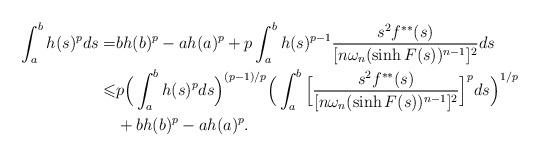
LaTeX: \begin{align*}\int_a^b h(s)^p ds =& bh(b)^p -a h(a)^p + p \int_a^b h(s)^{p-1} \frac{s^2 f^{**}(s)}{[n \omega_n (\sinh F(s))^{n-1}]^2} ds \\\leqslant &p \Big(\int_a^b h(s)^p ds\Big)^{(p-1)/p} \Big(\int_a^b \Big[\frac{s^2 f^{**}(s)}{[n \omega_n (\sinh F(s))^{n-1}]^2}\Big]^p ds\Big)^{1/p}\\& +b h(b)^p -a h(a)^p.\end{align*}